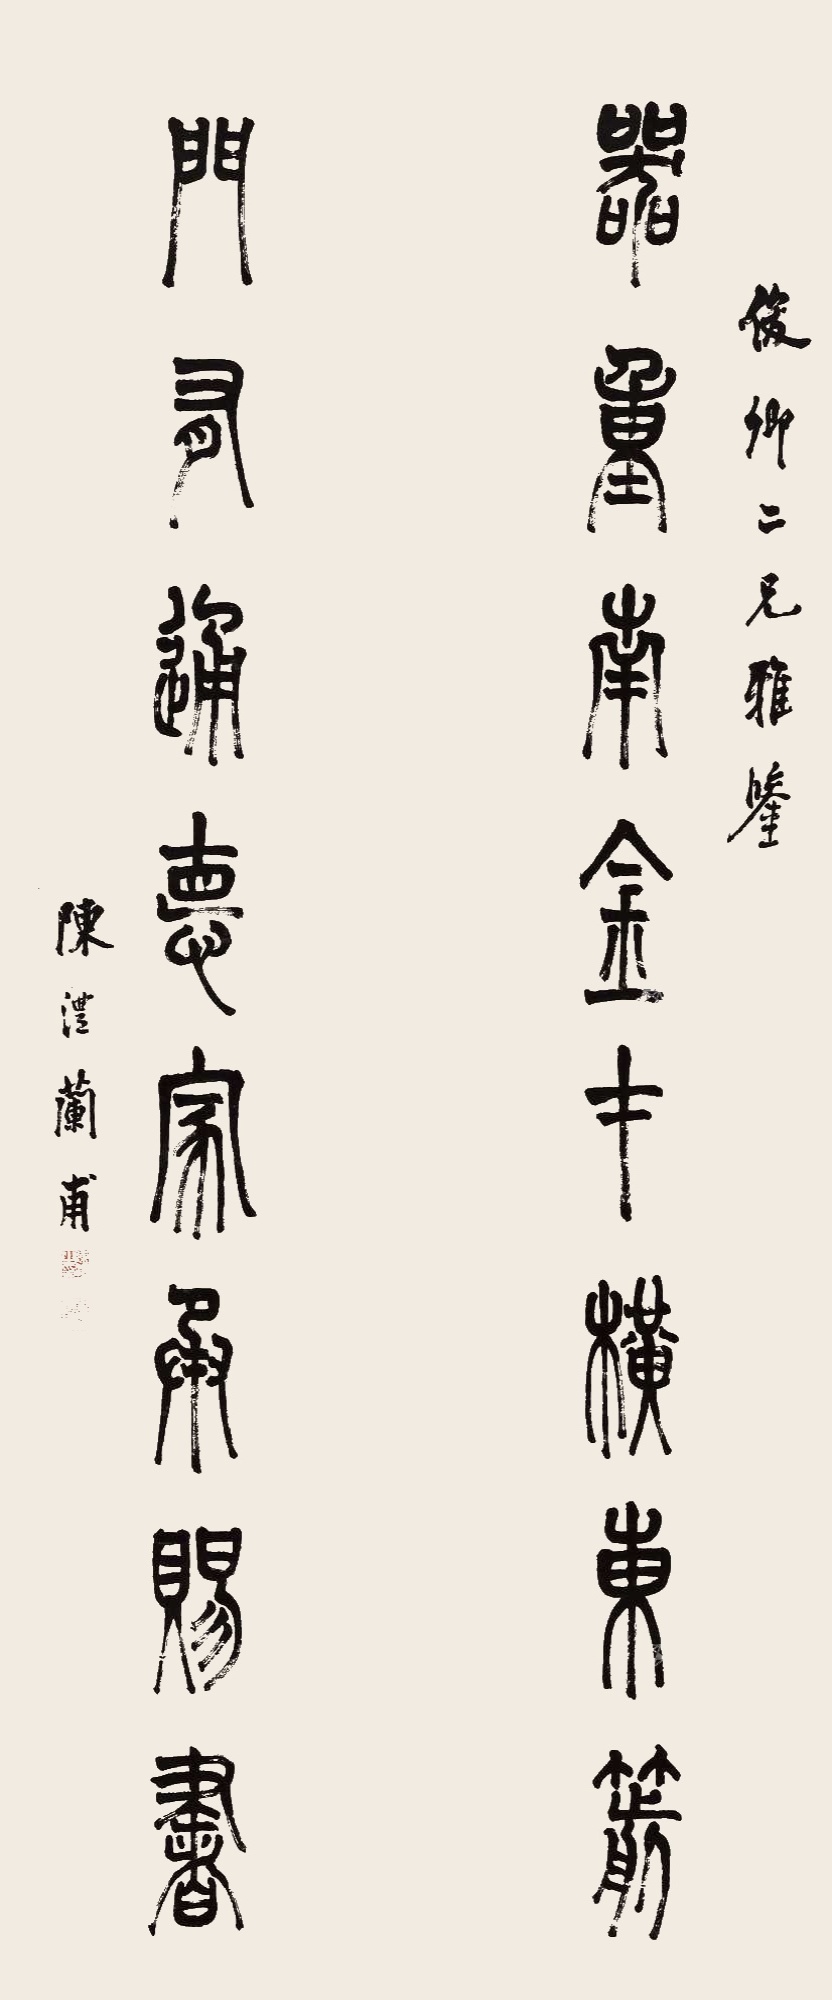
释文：器重南金材横东箭，门有通德家承赐书。俊卿二兄雅鉴，陈沣兰甫。